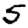
Digit: 5